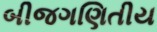
બીજગણિતીય